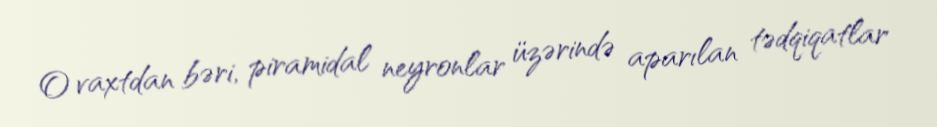
O vaxtdan bəri, piramidal neyronlar üzərində aparılan tədqiqatlar